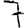
Digit: 7